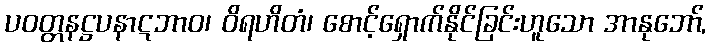
ပဝတ္တနဋ္ဌပနာဋဘာဝ၊ ဝိရဟိတံ၊ စောင့်ရှောက်နိုင်ခြင်းဟူသော အာနုဘော်,